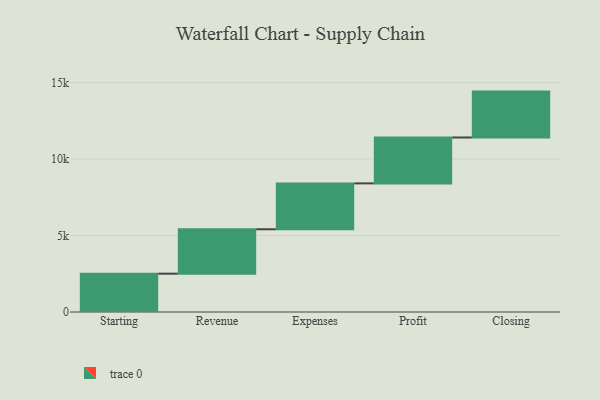
{"axis": {"x": "Step", "y": "Value"}, "legend": [""], "data": [{"x": "Starting", "y": 2505.0, "type": ""}, {"x": "Revenue", "y": 2903.0, "type": ""}, {"x": "Expenses", "y": 3000, "type": ""}, {"x": "Profit", "y": 3000, "type": ""}, {"x": "Closing", "y": 3000, "type": ""}]}